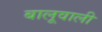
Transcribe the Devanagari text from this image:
बालूवाली